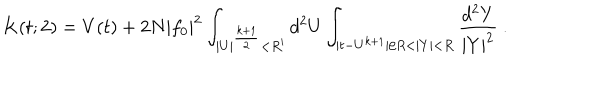
K ( t ; 2 ) = V ( t ) + 2 N | f _ { 0 } | ^ { 2 } \int _ { | U | ^ { \frac { k + 1 } { 2 } } < R ^ { \prime } } d ^ { 2 } U \int _ { | t - U ^ { k + 1 } | / R < | Y | < R } { \frac { d ^ { 2 } Y } { | Y | ^ { 2 } } } ~ .